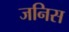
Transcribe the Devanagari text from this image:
जनिस